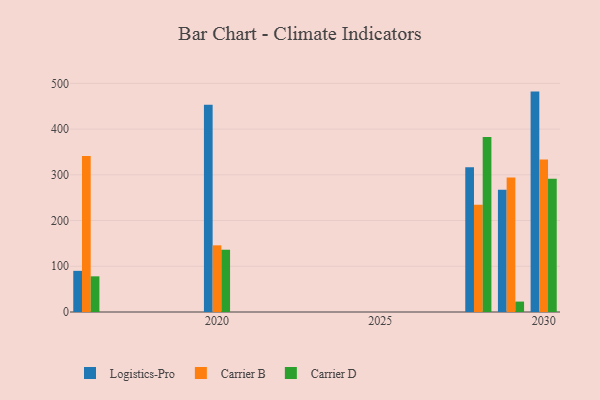
{"axis": {"x": "Year", "y": "Inventory Turnover"}, "legend": ["Carrier B", "Carrier D", "Logistics-Pro"], "data": [{"x": "2020", "y": 453.1, "type": "Logistics-Pro"}, {"x": "2020", "y": 145.8, "type": "Carrier B"}, {"x": "2020", "y": 136.2, "type": "Carrier D"}, {"x": "2030", "y": 482.0, "type": "Logistics-Pro"}, {"x": "2030", "y": 333.6, "type": "Carrier B"}, {"x": "2030", "y": 291.6, "type": "Carrier D"}, {"x": "2028", "y": 316.8, "type": "Logistics-Pro"}, {"x": "2028", "y": 234.4, "type": "Carrier B"}, {"x": "2028", "y": 382.8, "type": "Carrier D"}, {"x": "2029", "y": 267.2, "type": "Logistics-Pro"}, {"x": "2029", "y": 293.9, "type": "Carrier B"}, {"x": "2029", "y": 22.8, "type": "Carrier D"}, {"x": "2016", "y": 90.0, "type": "Logistics-Pro"}, {"x": "2016", "y": 341.0, "type": "Carrier B"}, {"x": "2016", "y": 78.0, "type": "Carrier D"}]}